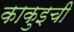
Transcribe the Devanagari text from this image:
काकुइची